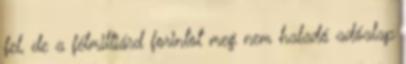
fel, de a félmilliárd forintot meg nem haladó adóalap